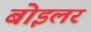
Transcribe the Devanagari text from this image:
बोइलर